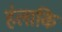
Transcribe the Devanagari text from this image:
हंलाकि